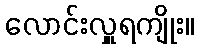
လောင်းလှူရကျိုး။